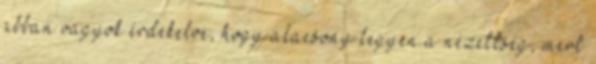
abban vagyok érdekelve, hogy alacsony legyen a nézettség, mert